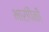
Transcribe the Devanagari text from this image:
भारांपैकी